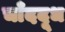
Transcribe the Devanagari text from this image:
चाँददूध